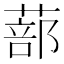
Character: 蔀